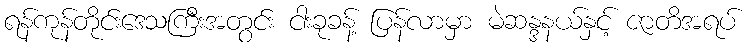
ရန်ကုန်တိုင်းဒေသကြီးအတွင်း ငါးခုခန့် ပြန်လာမှာ မဲဆန္ဒနယ်နှင့် ဇာတိအရပ်